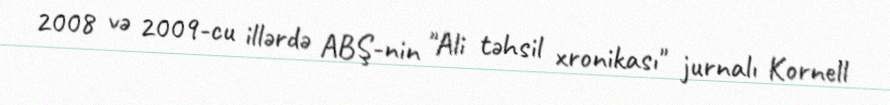
2008 və 2009-cu illərdə ABŞ-nin "Ali təhsil xronikası" jurnalı Kornell